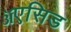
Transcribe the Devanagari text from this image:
ॲएसिड